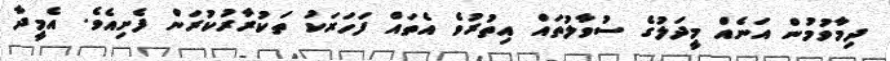
ދިމާވުމުން އަނެއް މީދަލުގެ ސުވާލުތައް އިތުރުވެ އެތައް ފަހަރަކު ތަކުރާރުކުރަން ފެށިއެވެ. އެމީދާ